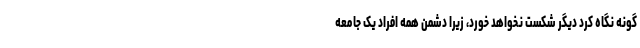
گونه نگاه کرد دیگر شکست نخواهد خورد، زیرا دشمن همه افراد یک جامعه